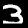
Label: 3